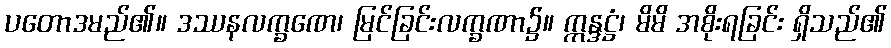
ပတောဒမည်၏။ ဒဿနလက္ခဏေ၊ မြင်ခြင်းလက္ခဏာ၌။ ဣန္ဒဋ္ဌံ၊ မိမိ အစိုးရခြင်း ရှိသည်၏